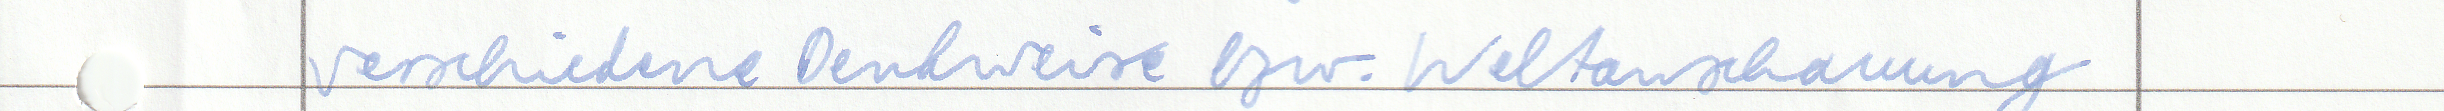
verschiedene Denkweise bzw. Weltanschauung